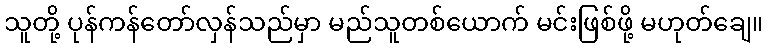
သူတို့ ပုန်ကန်တော်လှန်သည်မှာ မည်သူတစ်ယောက် မင်းဖြစ်ဖို့ မဟုတ်ချေ။